Report of the Municipal Commissioner on the plague in Bombay for the year ending 31st May... - Volume 1
Disease focus: Plague
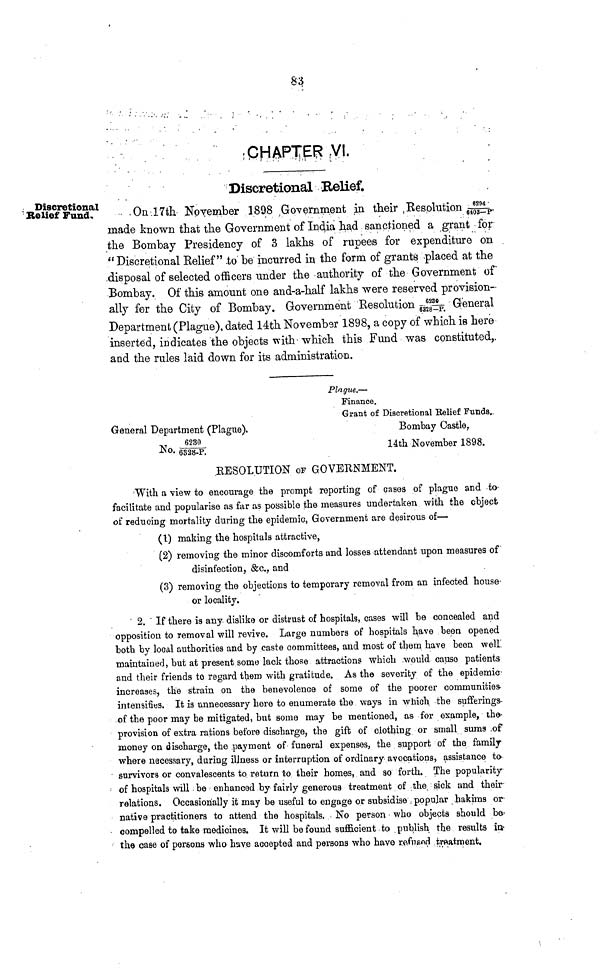
S3
CHAPTER VI.
Discretional Belief.
Discretional
Relief Fund.
On 17th November 1898 Government in their Besohltion 6294/6403-P
made known that the Government of India had sanctioned a grant for
the Bombay Presidency of 3 lakhs of rupees for expenditure on
"Discretional Relief" to be incurred in the form of grants placed at the
disposal of selected officers under the authority of the Government of
Bombay. Of this amount one and-a-half lakhs were reserved provision-
ally for the City of Bombay. Government Resolution 6230/6328-P General
Department (Plague), dated 14th November 1898, a copy of which is here
inserted, indicates the objects with which this Fund was constituted.,
and the rules laid down for its administration.
Plague,—
Finance.
Grant of Discretional Belief Funds.
General Department (Plague).
Bombay Castle,
No.
6230/6328-P
14th
November 1898.
RESOLUTION OF GOVERNMENT.
With a view to encourage the prompt reporting of cases of plague and to
facilitate and popularise as far as possible the measures undertaken with the object
of reducing mortality during the epidemic, Government are desirous of—
(1) making the hospitals attractive,
(2) removing the minor discomforts and losses attendant upon measures of
disinfection, &c., and
(3) removing the objections to temporary removal from an infected house
or locality.
2. If there is any dislike or distrust of hospitals, cases will be concealed and
opposition to removal will revive. Large numbers of hospitals have been opened
both by local authorities and by caste committees, and most of them have been well
maintained, but at present some lack those attractions which would causo patients
and their friends to regard them with gratitude. As the severity of the epidemic
increases, the strain on the benevolence of some of the poorer communities
intensifies. It is unnecessary here to enumerate the ways in which the sufferings
of the poor may be mitigated, but some may be mentioned, as for example, the
provision of extra rations before discharge, the gift of clothing or small sums of
money on discharge, the payment of funeral expenses, the support of the family
where necessary, during illness or interruption of ordinary avocations, assistance to
survivors or convalescents to return to their homes, and so forth. The popularity
of hospitals will be enhanced by fairly generous treatment of the sick and their
relations. Occasionally it may be useful to engage or subsidise popular hakims or
native practitioners to attend the hospitals. No person who objects should be
compelled to take medicines. It will be found sufficient to publish the results in
the case of persons who have accepted and persons who have refused treatment.